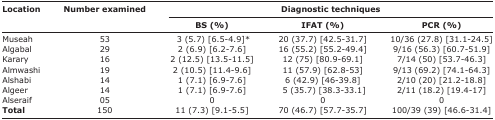
| <ROWSPAN=3> Location | <ROWSPAN=3> Number examined | <COLSPAN=3> Diagnostic techniques |
 | BS (%) | IFAT (%) | PCR (%) |
 | --- | --- | --- | --- | --- |
 | Museah | 53 | 3 (5.7) [6.5-4.9]* | 20 (37.7) [42.5-31.7] | 10/36 (27.8) [31.1-24.5] |
 | Algabal | 29 | 2 (6.9) [6.2-7.6] | 16 (55.2) [55.2-49.4] | 9/16 (56.3) [60.7-51.9] |
 | Karary | 16 | 2 (12.5) [13.5-11.5] | 12 (75) [80.9-69.1] | 7/14 (50) [53.7-46.3] |
 | Almwashi | 19 | 2 (10.5) [11.4-9.6] | 11 (57.9) [62.8-53] | 9/13 (69.2) [74.1-64.3] |
 | Alshabi | 14 | 1 (7.1) [6.9-7.6] | 6 (42.9) [46-39.8] | 2/10 (20) [21.2-18.8] |
 | Algeer | 14 | 1 (7.1) [6.9-7.6] | 5 (35.7) [38.3-33.1] | 2/11 (18.2) [19.4-17] |
 | Alseraif | 05 | 0 | 0 | 0 |
 | Total | 150 | 11 (7.3) [9.1-5.5] | 70 (46.7) [57.7-35.7] | 100/39 (39) [46.6-31.4] |